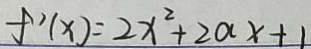
f ^ { \prime } ( x ) = 2 x ^ { 2 } + 2 a x + 1